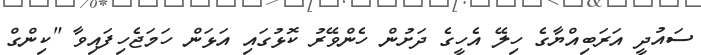
ސައުދީ އަރަބިއްޔާގެ ހިލޭ އެހީގެ ދަށުން ހެންވޭރު ކޮޅުގައި އަޅަން ހަމަޖެހިފައިވާ "ކިންގް